Papers set at the Examination for Leaving Certificates, 1893
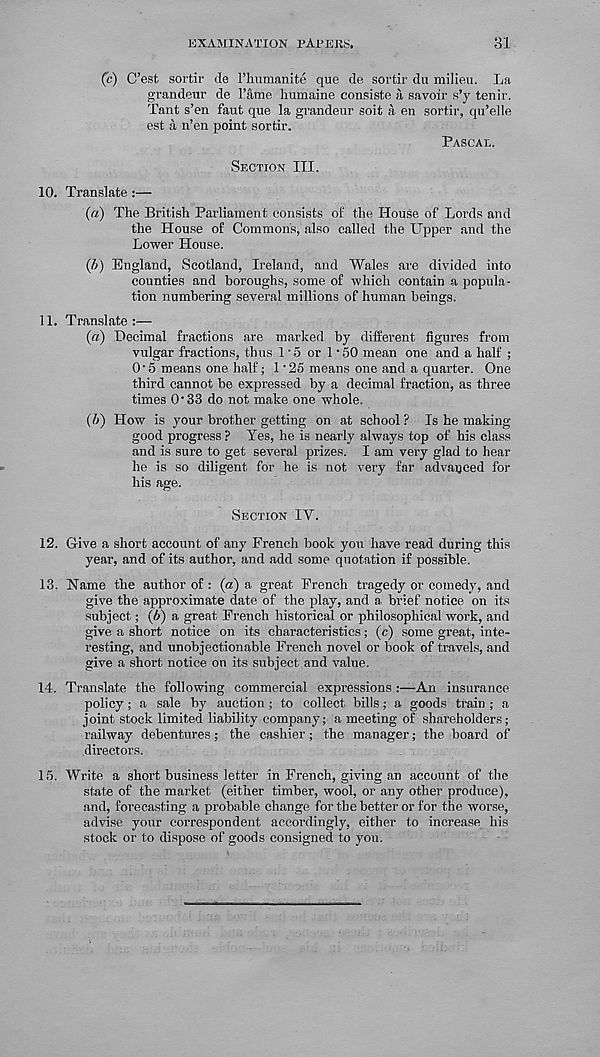
EXAMINATION PATEIIS.
31
(c) C’est sortir de 1’humanite que de sortir du milieu. La
grandeur de Tame humaine eonsiste a savoir s’y tenir.
Tant s’en faut que la grandeur soit a en sortir, qu’elle
est a n’en point sortir.
Pascal.
Section III.
10. Translate :—
(«) The British Parliament consists of the House of Lords and
the House of Commons, also called the Upper and the
Lower House.
(b) England, Scotland, Ireland, and Wales are divided into
counties and boroughs, some of which contain a popula-
tion numbering several millions of human beings.
11. Translate:—
(a) Decimal fractions are marked by different figures from
vulgar fractions, thus 1 • 5 or 1 • 50 mean one and a half ;
0‘5 means one half; 1'25 means one and a quarter. One
third cannot be expressed by a decimal fraction, as three
times O'33 do not make one whole.
(b) How is your brother getting on at school ? Is he making
good progress ? Yes, he is nearly always top of his class
and is sure to get several prizes. I am very glad to hear
he is so diligent for he. is not very far advanced for
his age.
Section IY.
12. Give a short account of any Frencli book you have read during this
year, and of its author, and add some quotation if possible.
13. Name the author of : (a) a great French tragedy or comedy, and
give the approximate date of the play, and a brief notice on its
subject; (b) a great French historical or philosophical work, and
give a short notice on its characteristics; (c) some great, inte-
resting, and unobjectionable French novel or book of travels, and
give a short notice on its subject and value.
14. Translate the following commercial expressions :—An insurance
policy; a sale by auction; to collect bills; a goods train ; a
joint stock limited liability company; a meeting of shareholders;
railway debentures; the cashier; the manager; the board of
directors.
15. Write a short business letter in French, giving an account of the
state of the market (either timber, wool, or any other produce),
and, forecasting a probable change for the better or for the worse,
advise your correspondent accordingly, either to increase his
stock or to dispose of goods consigned to you.